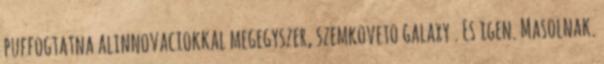
puffogtatna alinnovaciokkal megegyszer, szemkoveto galaxy . Es igen. Masolnak.